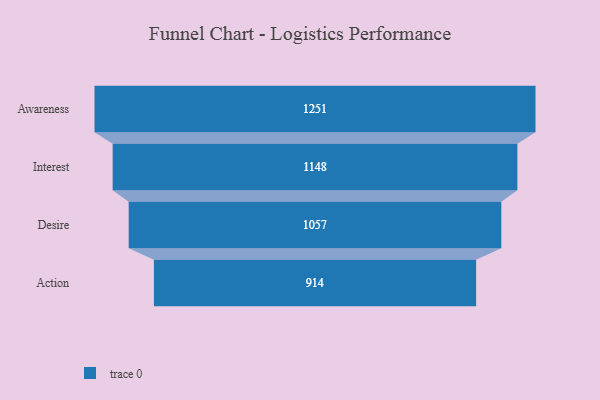
{"axis": {"x": "Stage", "y": "Value"}, "legend": [""], "data": [{"x": "Awareness", "y": 1251.0, "type": ""}, {"x": "Interest", "y": 1148.0, "type": ""}, {"x": "Desire", "y": 1057.0, "type": ""}, {"x": "Action", "y": 914.0, "type": ""}]}